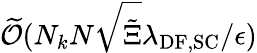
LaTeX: \widetilde{\mathcal{O}}(N_{k}N\sqrt{\tilde{\Xi}}\lambda_{\mathrm{DF},\mathrm{SC}}/\epsilon)